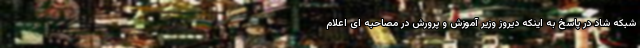
شبکه شاد در پاسخ به اینکه دیروز وزیر آموزش و پرورش در مصاحبه ای اعلام